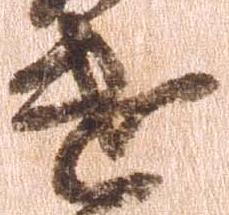
遣